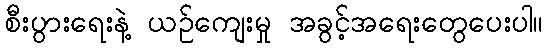
စီးပွားရေးနဲ့ ယဉ်ကျေးမှု အခွင့်အရေးတွေပေးပါ။